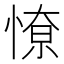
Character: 𭝷